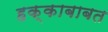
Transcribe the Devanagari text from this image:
हक्काबाबत